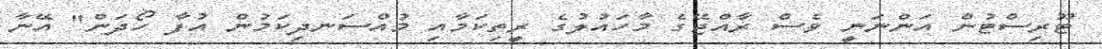
ޓޫރިސްޓުން އަންނަނީ ވެސް ރާއްޖޭގެ މާހައުލުގެ ރީތިކަމާއި މުއްސަނދިކަމުން އުފާ ހޯދަން" އޭނާ